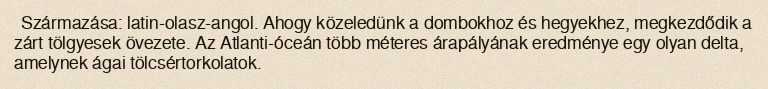
Származása: latin-olasz-angol. Ahogy közeledünk a dombokhoz és hegyekhez, megkezdődik a zárt tölgyesek övezete. Az Atlanti-óceán több méteres árapályának eredménye egy olyan delta, amelynek ágai tölcsértorkolatok.